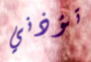
تؤذني